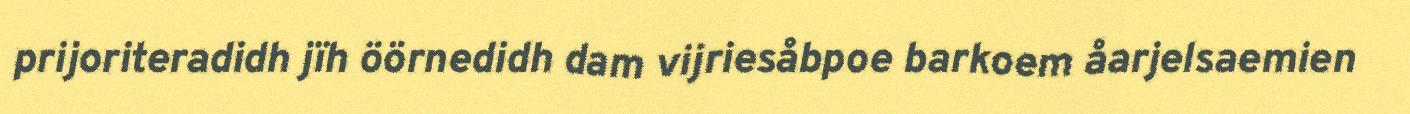
prijoriteradidh jïh öörnedidh dam vijriesåbpoe barkoem åarjelsaemien